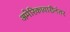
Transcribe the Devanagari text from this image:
अमेरिकावारीनंतर